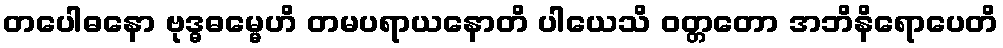
တပေါဓနော ဗုဒ္ဓဓမ္မေဟိ တမပရာယနောတိ ပါယေသိ ဝတ္တတော အဘိနိရောပေတိ